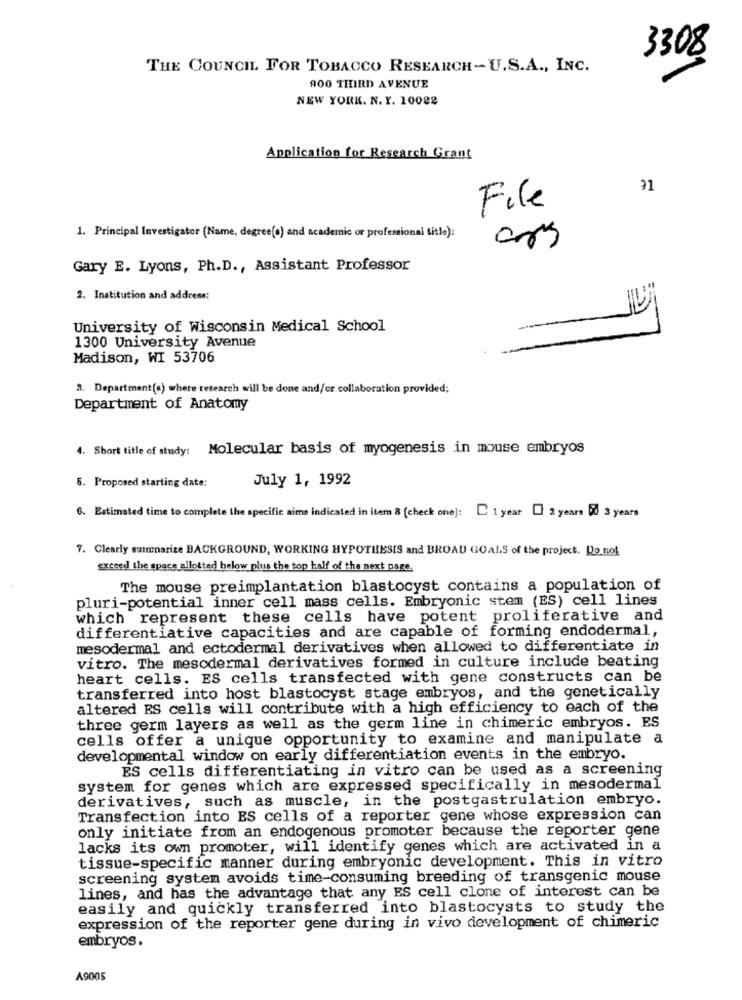
3308
THE COUNCIL FOR TOBACCO RESEARCH-U.S.A ., INC.
900 THIRD AVENUE
NEW YORK. N. Y. 10022
Application for Research Grant
31
File
1. Principal Investigator (Name, degree(o) and academic or professional title):
Gary E. Lyons, Ph.D ., Assistant Professor
2. Institution and address:
University of Wisconsin Medical School
1300 University Avenue
Madison, WI 53706
3. Department(a) where research will be done and/or collaboration provided;
Department of Anatomy
4. Short title of study: Molecular basis of myogenesis in mouse embryos
6. Proposed starting date:
July 1, 1992
6. Estimated time to complete the specific aime indicated in item 8 (check one):
1 year [] 2 years 0 3 years
7. Clearly summarize BACKGROUND, WORKING HYPOTHESIS and BROAD GOALS of the project. Do not
exceed the space allotted below plus the top half of the next page.
The mouse preimplantation blastocyst contains a population of
pluri-potential inner cell mass cells. Embryonic stem (ES) cell lines
which represent these cells have potent proliferative and
differentiative capacities and are capable of forming endodermal,
mesodermal and ectodermal derivatives when allowed to differentiate in
vitro. The mesodermal derivatives formed in culture include beating
heart cells. ES cells transfected with gene constructs can be
transferred into host blastocyst stage embryos, and the genetically
altered ES cells will contribute with a high efficiency to each of the
three germ layers as well as the germ line in chimeric embryos. ES
cells offer a unique opportunity to examine and manipulate a
developmental window on early differentiation events in the embryo.
ES cells differentiating in vitro can be used as a screening
system for genes which are expressed specifically in mesodermal
derivatives, such as muscle, in the postgastrulation embryo.
Transfection into ES cells of a reporter gene whose expression can
only initiate from an endogenous promoter because the reporter gene
lacks its own promoter, will identify genes which are activated in a
tissue-specific manner during embryonic development. This in vitro
screening system avoids time-consuming breeding of transgenic mouse
lines, and has the advantage that any ES cell clone of interest can be
easily and quickly transferred into blastocysts to study the
expression of the reporter gene during in vivo development of chimeric
embryos.
A9005